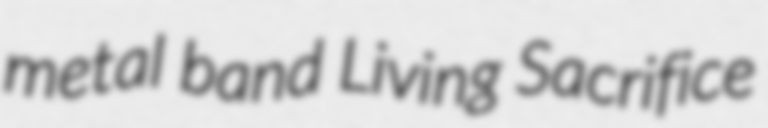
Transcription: metal band Living Sacrifice